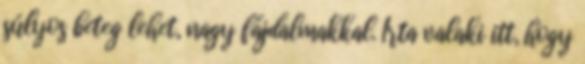
súlyos beteg lehet, nagy fájdalmakkal. Írta valaki itt, hogy